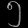
Digit: ၅